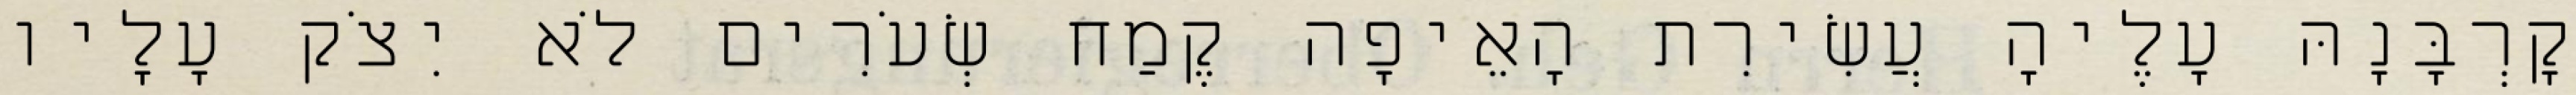
קָרְבָּנָהּ עָלֶיהָ עֲשִׂירִת הָאֵיפָה קֶמַח שְׂעֹרִים לֹא יִצֹק עָלָיו